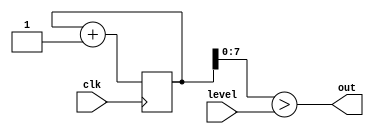
`default_nettype none

module PWM (
    input       clk,
    input [7:0] level,
    output      out
);
    parameter COUNTER_BITS = 24; // counter register width
    reg [COUNTER_BITS-1:0] counter;

    // generate a triangle wave
    always @(posedge clk) begin
        counter <= counter + 1;
    end

    // comparitor
    assign out = counter[7:0] > level;
endmodule